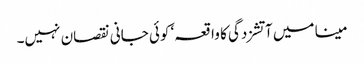
مینا میں آتشزدگی کا واقعہ‘ کوئی جانی نقصان نہیں۔